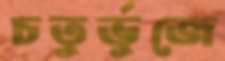
চতুর্ভুজে